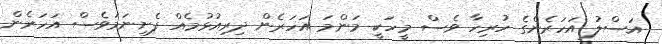
އަސްލު އަހަރެންގެ ހުރިހާ ވެސް މީހަކީ މަންމަ އަހަރެން ދިރިއުޅުމެއް ފެށިނަމަވެސް އަހަރެން